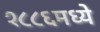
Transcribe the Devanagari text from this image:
१८८६मध्ये